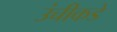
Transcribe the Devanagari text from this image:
उंचीकडे